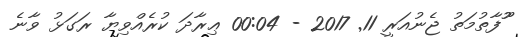
ޫުފާތުމަތުު ޖެނުއަރީ 11